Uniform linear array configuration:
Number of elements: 4
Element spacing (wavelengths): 0.5
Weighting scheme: blackman
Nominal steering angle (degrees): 60
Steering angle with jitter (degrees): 58.815
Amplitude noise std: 0.05
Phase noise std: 0.05

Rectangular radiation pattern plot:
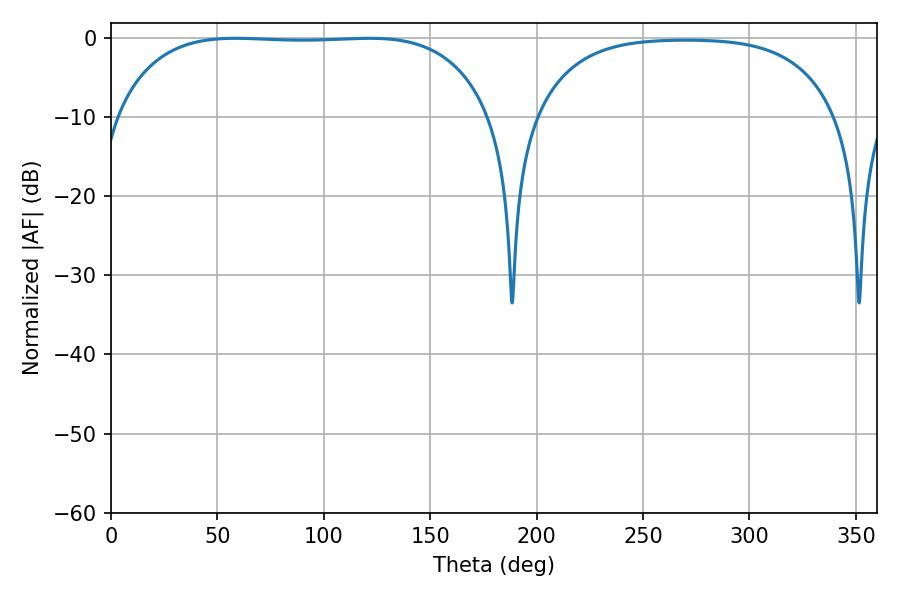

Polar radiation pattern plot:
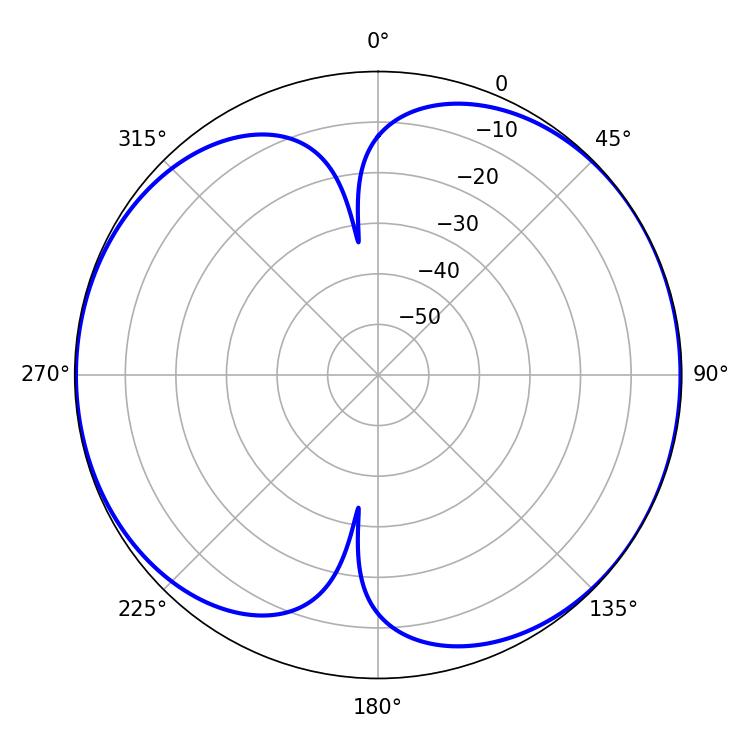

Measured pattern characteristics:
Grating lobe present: FALSE
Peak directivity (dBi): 6.998
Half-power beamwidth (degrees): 138.6
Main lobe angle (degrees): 58.5